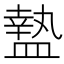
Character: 𥂕